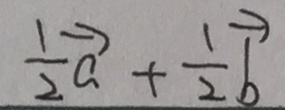
\frac { 1 } { 2 } \overrightarrow { a } + \frac { 1 } { 2 } \overrightarrow { b }